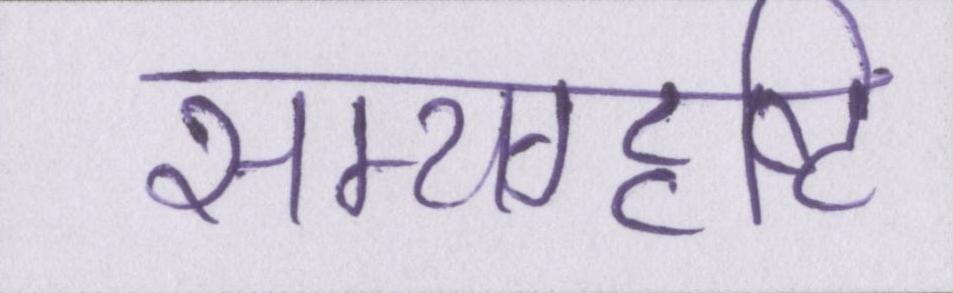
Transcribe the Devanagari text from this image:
सम्यग्दृष्टि